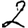
Digit: 2